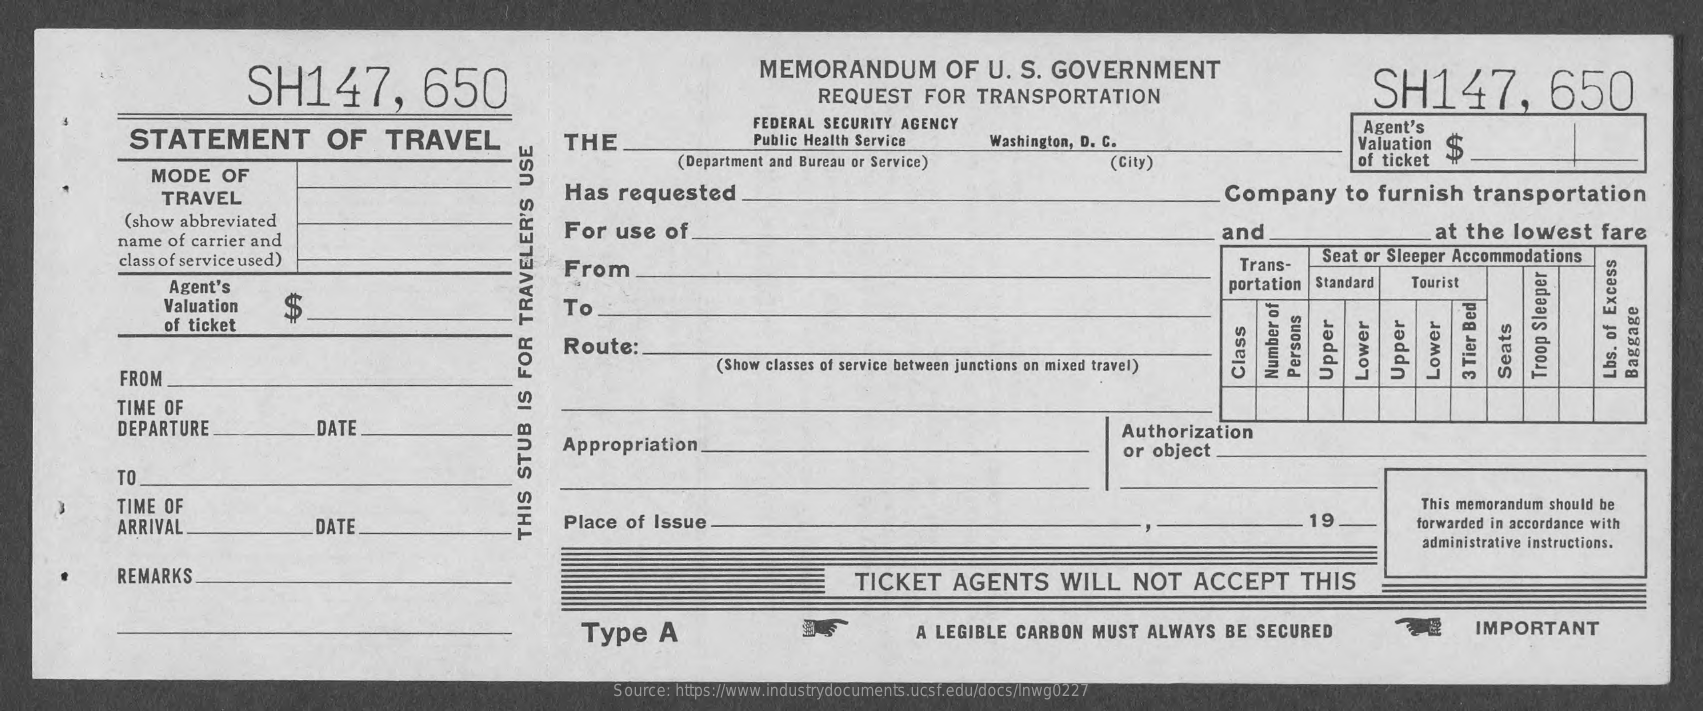
SH147,    650
     MEMORANDUM    OF   U.  S.  GOVERNMENT
     SH147,    650 REQUEST FOR TRANSPORTATION
     STATEMENT    OF    TRAVEL    THE
     FEDERAL SECURITY  AGENCY
     Public Health Service    Washington, D. C.
     Agent's
     Valuation
     (Department and Bureau or Service)
     $
     MODE    OF
     (City)    of ticket
     TRAVEL    Has    requested    Company    to  furnish    transportation
     (show abbreviated
     name  of carrier and
     For   use   of    and    at  the   lowest    fare
     class of service used)    From    Trans-
     Seat or Sleeper Accommodations
     Agent's    portation Standard    Tourist
     Valuation    To
     of ticket
     Route:
     FROM
     (Show classes of service between junctions on mixed travel)
     Class  Persons    Seats    Baggage Number
     of
     Lbs.
     of
     Excess
     Upper Upper Lower Lower
     3
     Tier
     Bed
     Troop
     Sleeper
     TIME OF
     DEPARTURE    DATE
     Appropriation
     Authorization
     or object
     TO
     TIME OF    This memorandum should be
     ARRIVAL    DATE    Place   of Issue    19    forwarded in accordance with
     administrative instructions.
     THIS
     STUB
     IS
     FOR
     TRAVELER'S
     USE
     REMARKS    TICKET    AGENTS    WILL    NOT    ACCEPT    THIS
     Type    A    A LEGIBLE   CARBON   MUST   ALWAYS    BE  SECURED    IMPORTANT
     Source: https://www.industrydocuments.ucsf.edu/docs/lnwg0227